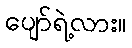
ပျော်ရဲ့လား။